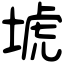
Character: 㙈